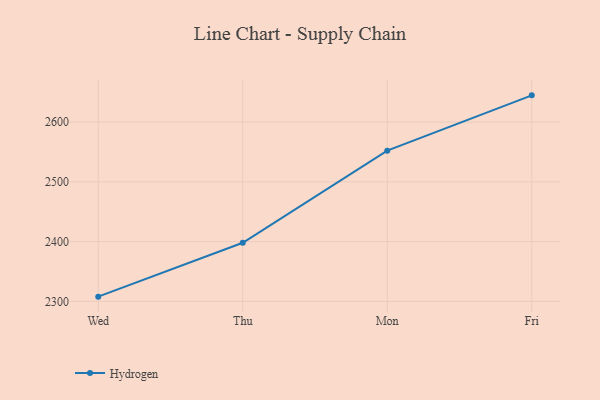
{"axis": {"x": "Day", "y": "Revenue (USD Million)"}, "legend": ["Hydrogen"], "data": [{"x": "Wed", "y": 2308.0, "type": "Hydrogen"}, {"x": "Thu", "y": 2398.1, "type": "Hydrogen"}, {"x": "Mon", "y": 2552.1, "type": "Hydrogen"}, {"x": "Fri", "y": 2644.6, "type": "Hydrogen"}]}